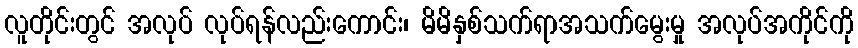
လူတိုင်းတွင် အလုပ် လုပ်ရန်လည်းကောင်း၊ မိမိနှစ်သက်ရာအသက်မွေးမှု အလုပ်အကိုင်ကို